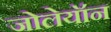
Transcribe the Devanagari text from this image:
जोलेयॉन